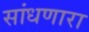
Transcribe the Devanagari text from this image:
सांधणारा